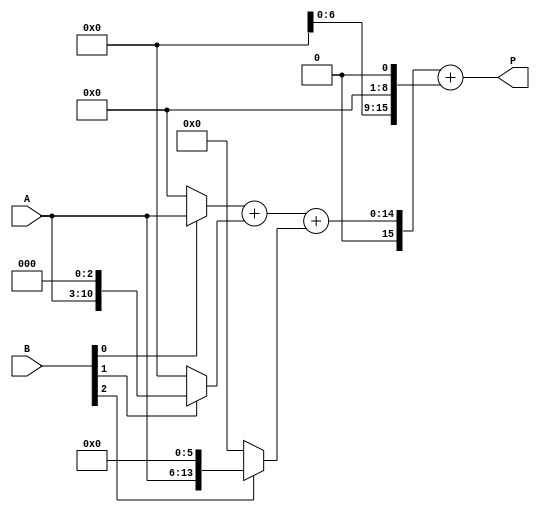
module higher_radix_wallace_multiplier #(
    parameter N = 8, // Bit-width of the inputs
    parameter RADIX = 8 // 8 for Radix-8, 16 for Radix-16
)(
    input [N-1:0] A, // Multiplicand
    input [N-1:0] B, // Multiplier
    output reg [2*N-1:0] P // Product
);

    // Intermediate signals for partial products
    wire [N*3-1:0] pp [0:N-1]; // Partial products for Radix-8
    wire [N*4-1:0] pp_radix16 [0:N-1]; // Partial products for Radix-16

    // Generate Partial Products
    generate
        genvar i;
        for (i = 0; i < N; i = i + 1) begin : pp_gen
            if (RADIX == 8) begin
                assign pp[i] = (B[i] ? (A << (i * 3)) : 0);
            end else if (RADIX == 16) begin
                assign pp_radix16[i] = (B[i*2 +: 2] ? (A << (i * 4)) : 0);
            end
        end
    endgenerate

    // Wallace Tree Reduction
    wire [N*3-1:0] sum_stage1 [0:N-1];
    wire [N*2-1:0] sum_stage2 [0:N-1];
    wire [N-1:0] carry_stage1 [0:N-1];
    wire [N-1:0] carry_stage2 [0:N-1];

    // Reduction for Radix-8
    generate
        for (i = 0; i < N; i = i + 1) begin : reduction_stage1
            if (i % 3 == 0) begin
                assign sum_stage1[i] = pp[i] + pp[i+1] + pp[i+2];
                assign carry_stage1[i] = (pp[i] & pp[i+1]) | (pp[i] & pp[i+2]) | (pp[i+1] & pp[i+2]);
            end
        end
    endgenerate

    // Further reduction stages can be added as needed

    // Final addition (simple adders used for demonstration)
    always @(*) begin
        if (RADIX == 8) begin
            P = sum_stage1[0] + sum_stage1[1]; // Final sum for Radix-8
        end else if (RADIX == 16) begin
            // Implement Radix-16 reduction here
            P = 0; // Placeholder
        end
    end

endmodule